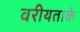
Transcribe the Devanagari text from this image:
वरीयताके